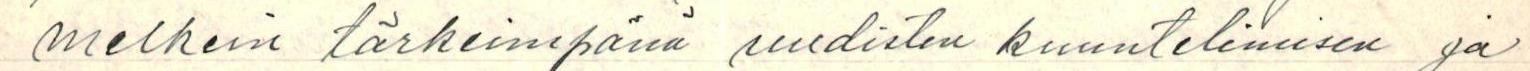
melkein tärkeimpänä uudisten kuuntelimisen ja